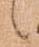
候